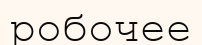
робочее